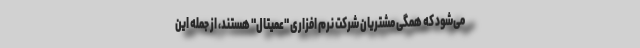
می‌شود که همگی مشتریان شرکت نرم افزاری "عمیتال" هستند، از جمله این